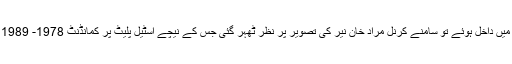
اینٹی روم میں داخل ہوئے تو سامنے کرنل مراد خان نیر کی تصویر پر نظر ٹھہر گئی جس کے نیچے اسٹیل پلیٹ پر کمانڈنٹ 1978- 1989 لکھا تھا ۔